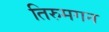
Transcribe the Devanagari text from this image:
तिरुमगन